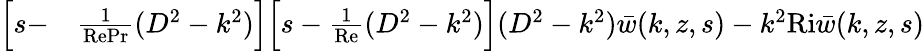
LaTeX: \begin{array}{rl}{\Big[s-}&{{}\frac{1}{\textrm{RePr}}(D^{2}-k^{2})\Big]\Big[s-\frac{1}{\textrm{Re}}(D^{2}-k^{2})\Big](D^{2}-k^{2})\bar{w}(k,z,s)-k^{2}\textrm{Ri}\bar{w}(k,z,s)}\end{array}